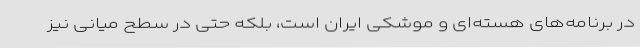
در برنامه‌های هسته‌ای و موشکی ایران است، بلکه حتی در سطح میانی نیز